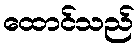
ထောင်သည်